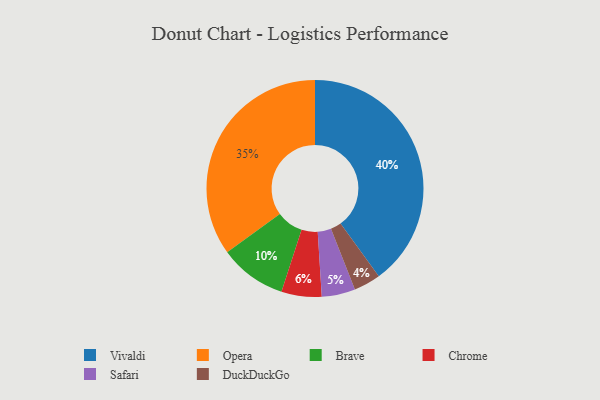
{"axis": {"x": "Category", "y": "Percentage"}, "legend": ["Brave", "Chrome", "DuckDuckGo", "Opera", "Safari", "Vivaldi"], "data": [{"x": "Opera", "y": 35, "type": "Opera"}, {"x": "Chrome", "y": 6, "type": "Chrome"}, {"x": "Brave", "y": 10, "type": "Brave"}, {"x": "DuckDuckGo", "y": 4, "type": "DuckDuckGo"}, {"x": "Vivaldi", "y": 40, "type": "Vivaldi"}, {"x": "Safari", "y": 5, "type": "Safari"}]}